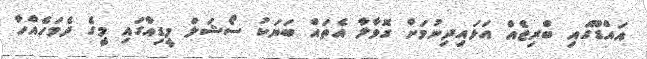
އައްޑޫގައި ބްރިޖެއް އަޅައިދިނުމަށް ގޮވާލާ އެތައް ބަޔަކު ސޯޝަލް މީޑިއާގައި މީގެ ދެމަހެއްހާ